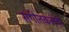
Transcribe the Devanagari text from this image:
संगीतकलेची